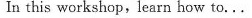
In this workshop,learn how to